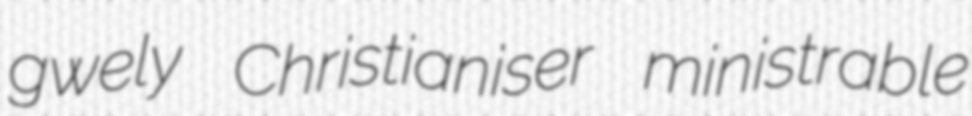
gwely Christianiser ministrable